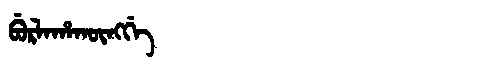
Manchu: ᠪᡠᡵᠯᠠᡥᠠᡴᡡᠩᡤᡝ
Romanization: BURLAHAKŪNGGE